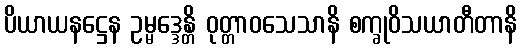
ပိယာယနဋ္ဌေန ဥမ္မဒ္ဒေန္တိ ဝုတ္တာဝသေသာနိ စက္ခုဝိသယာတီတာနိ